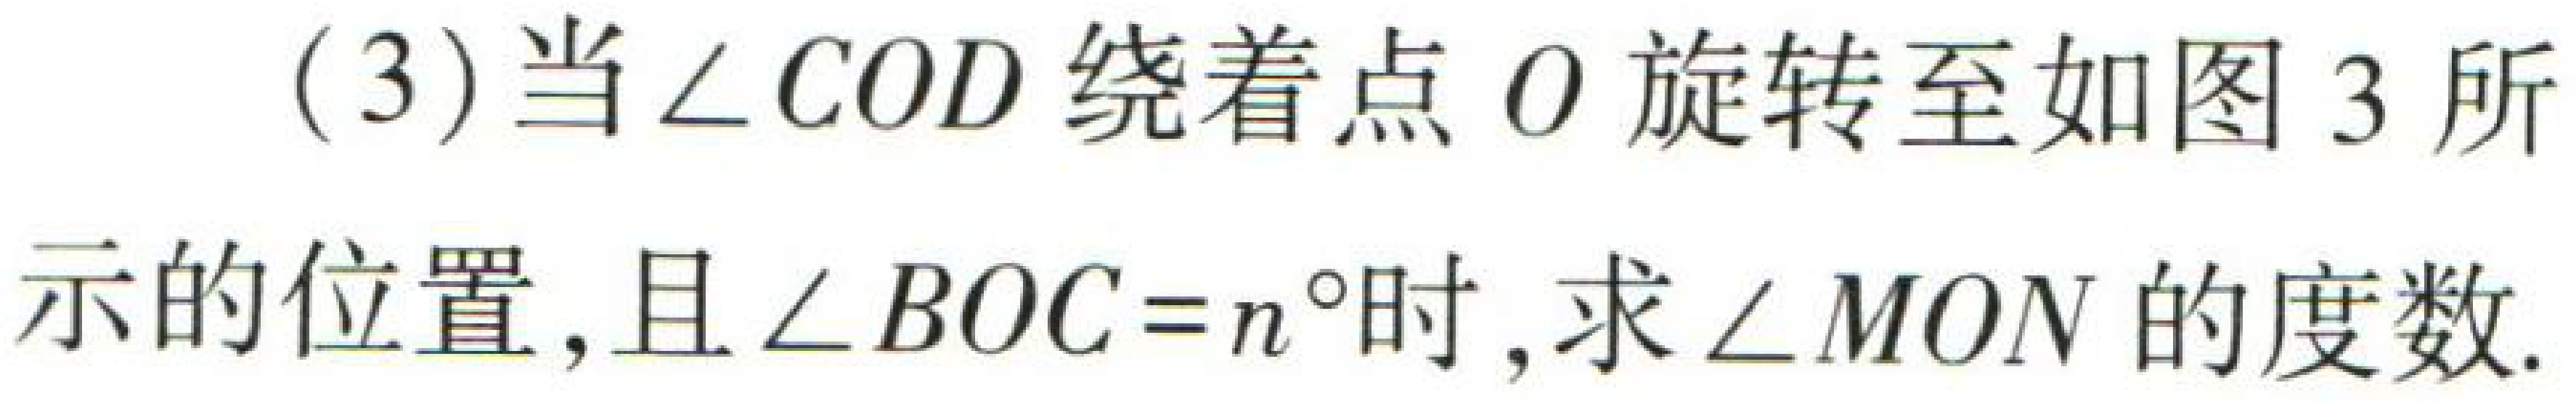
(3)当\(\angle COD\)绕着点\(O\)旋转至如图3所

示的位置，且\(\angle BOC = n^{\circ}\)时，求\(\angle MON\)的度数.